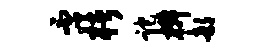
否楮跎椒部